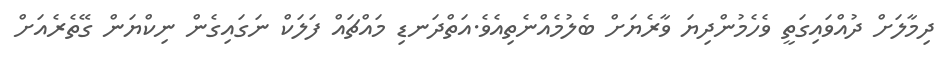
ދިމާލަށް ދުއްވައިގަތީ ވެހެމުންދިޔަ ވާރެޔަށް ބެލުމެއްނެތިއެވެ.އަތްދަނޑި މައްޗައް ފަލަކް ނަގައިގެން ނިކްޔަން ގޭތެރެއަށް